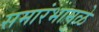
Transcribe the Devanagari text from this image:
समारंभामुळे